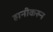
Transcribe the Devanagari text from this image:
हानीकरुन